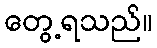
တွေ့ရသည်။